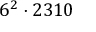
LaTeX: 6 ^ { 2 } \cdot 2 3 1 0